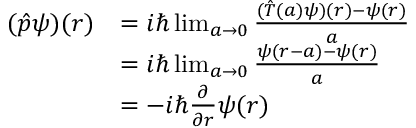
{ \begin{array} { r l } { ( { \hat { p } } \psi ) ( r ) } & { = i \hbar \operatorname* { l i m } _ { a \to 0 } { \frac { ( { \hat { T } } ( a ) \psi ) ( r ) - \psi ( r ) } { a } } } \\ & { = i \hbar \operatorname* { l i m } _ { a \to 0 } { \frac { \psi ( r - a ) - \psi ( r ) } { a } } } \\ & { = - i \hbar { \frac { \partial } { \partial r } } \psi ( r ) } \end{array} }